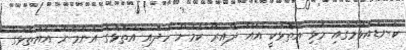
ކަނޑައެޅުމުގައި މުޅި އަތޮޅަކީ އެއް ދާއިރާ ކަމަށް ހަދައި އަތޮޅުގެ އެންމެން އެއަތޮޅުގެ